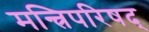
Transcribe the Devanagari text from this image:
मन्त्रिपरिषद्‍